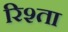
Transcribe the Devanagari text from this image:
रिश्‍ता